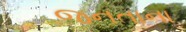
જનતાના